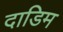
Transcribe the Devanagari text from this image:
दाडिम